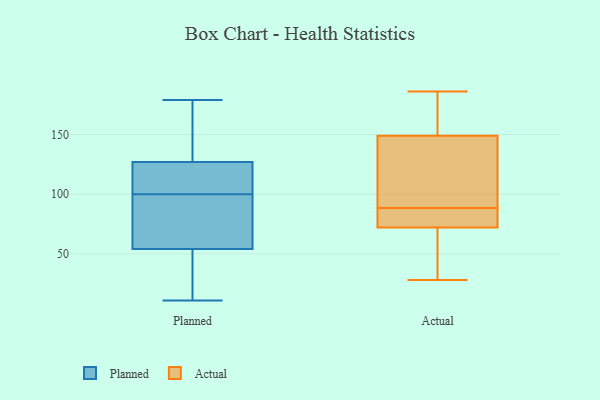
{"axis": {"x": "Churn Rate (%)", "y": "Value"}, "legend": ["Actual", "Planned"], "data": [{"x": "", "y": 11, "type": "Planned"}, {"x": "", "y": 119, "type": "Planned"}, {"x": "", "y": 94, "type": "Planned"}, {"x": "", "y": 37, "type": "Planned"}, {"x": "", "y": 144, "type": "Planned"}, {"x": "", "y": 78, "type": "Planned"}, {"x": "", "y": 65, "type": "Planned"}, {"x": "", "y": 32, "type": "Planned"}, {"x": "", "y": 117, "type": "Planned"}, {"x": "", "y": 135, "type": "Planned"}, {"x": "", "y": 115, "type": "Planned"}, {"x": "", "y": 155, "type": "Planned"}, {"x": "", "y": 75, "type": "Planned"}, {"x": "", "y": 43, "type": "Planned"}, {"x": "", "y": 103, "type": "Planned"}, {"x": "", "y": 97, "type": "Planned"}, {"x": "", "y": 179, "type": "Planned"}, {"x": "", "y": 112, "type": "Planned"}, {"x": "", "y": 43, "type": "Planned"}, {"x": "", "y": 172, "type": "Planned"}, {"x": "", "y": 186, "type": "Actual"}, {"x": "", "y": 109, "type": "Actual"}, {"x": "", "y": 50, "type": "Actual"}, {"x": "", "y": 29, "type": "Actual"}, {"x": "", "y": 68, "type": "Actual"}, {"x": "", "y": 126, "type": "Actual"}, {"x": "", "y": 171, "type": "Actual"}, {"x": "", "y": 149, "type": "Actual"}, {"x": "", "y": 106, "type": "Actual"}, {"x": "", "y": 156, "type": "Actual"}, {"x": "", "y": 80, "type": "Actual"}, {"x": "", "y": 87, "type": "Actual"}, {"x": "", "y": 161, "type": "Actual"}, {"x": "", "y": 28, "type": "Actual"}, {"x": "", "y": 73, "type": "Actual"}, {"x": "", "y": 72, "type": "Actual"}, {"x": "", "y": 84, "type": "Actual"}, {"x": "", "y": 90, "type": "Actual"}]}